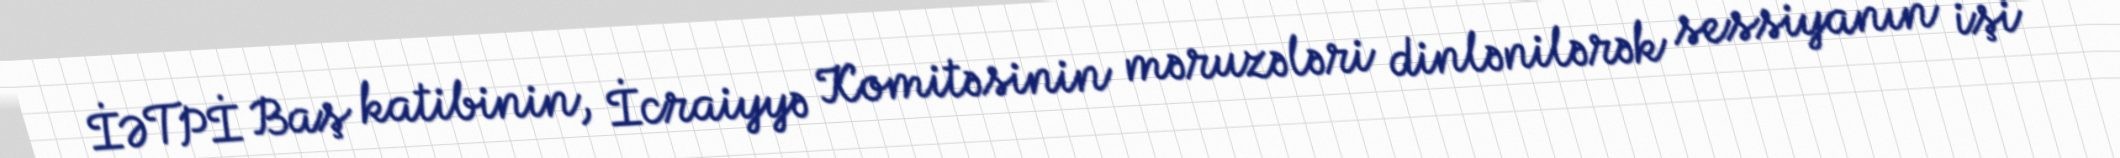
İƏTPİ Baş katibinin, İcraiyyə Komitəsinin məruzələri dinlənilərək sessiyanın işi